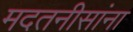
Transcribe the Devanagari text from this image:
मदतनीसांना